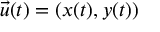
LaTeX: { \vec { u } } ( t ) = ( x ( t ) , y ( t ) )